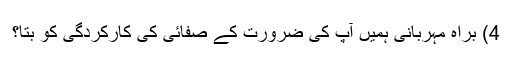
4) براہ مہربانی ہمیں آپ کی ضرورت کے صفائی کی کارکردگی کو بتا؟